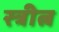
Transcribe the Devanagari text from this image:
स्त्रीत्न